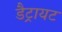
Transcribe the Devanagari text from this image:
डैट्रायट